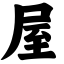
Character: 屋